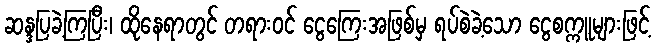
ဆန္ဒပြခဲ့ကြပြီး၊ ထိုနေရာတွင် တရားဝင် ငွေကြေးအဖြစ်မှ ရပ်စဲခဲ့သော ငွေစက္ကူများဖြင့်